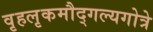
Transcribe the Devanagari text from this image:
वृहलृकमौद्गल्यगोत्रे